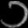
Digit: ၁